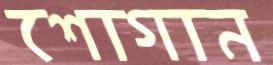
শোগান